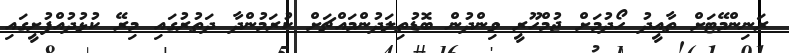
ރަނިންމޭޓަށް ތާއީދު ހޯދުމަށް ޖުމްހޫރީ ވިންދުން ބޮޑުތިލަދުންމައްޗަށް ކުރަމުންދާ ދަތުރުގައި މިރޭ ކުޅުދުއްފުށީގައި